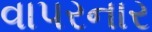
વાપરનાર